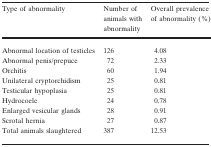
| Type of abnormality | Number of animals with abnormality | Overall prevalence of abnormality (%) |
 | --- | --- | --- |
 | Abnormal location of testicles | 126 | 4.08 |
 | Abnormal penis/prepuce | 72 | 2.33 |
 | Orchitis | 60 | 1.94 |
 | Unilateral cryptorchidism | 25 | 0.81 |
 | Testicular hypoplasia | 25 | 0.81 |
 | Hydrocoele | 24 | 0.78 |
 | Enlarged vesicular glands | 28 | 0.91 |
 | Scrotal hernia | 27 | 0.87 |
 | Total animals slaughtered | 387 | 12.53 |